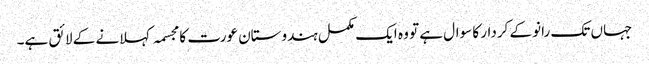
جہاں تک رانو کے کردار کا سوال ہے تو وہ ایک مکمل ہندوستان عورت کا مجسمہ کہلانے کے لائق ہے۔